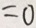
= 0